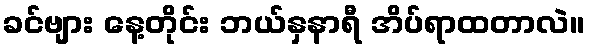
ခင်ဗျား နေ့တိုင်း ဘယ်နှနာရီ အိပ်ရာထတာလဲ။